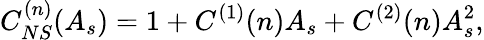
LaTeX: C_{NS}^{(n)}(A_{s})=1+C^{(1)}(n)A_{s}+C^{(2)}(n)A_{s}^{2},